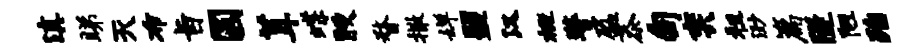
滇睇灭布旨圆茸蝶腴瞀撒婵盟汉概警盈忝甸奕租渺篇隧陋殆